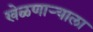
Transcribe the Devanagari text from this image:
खेळणाऱ्याला